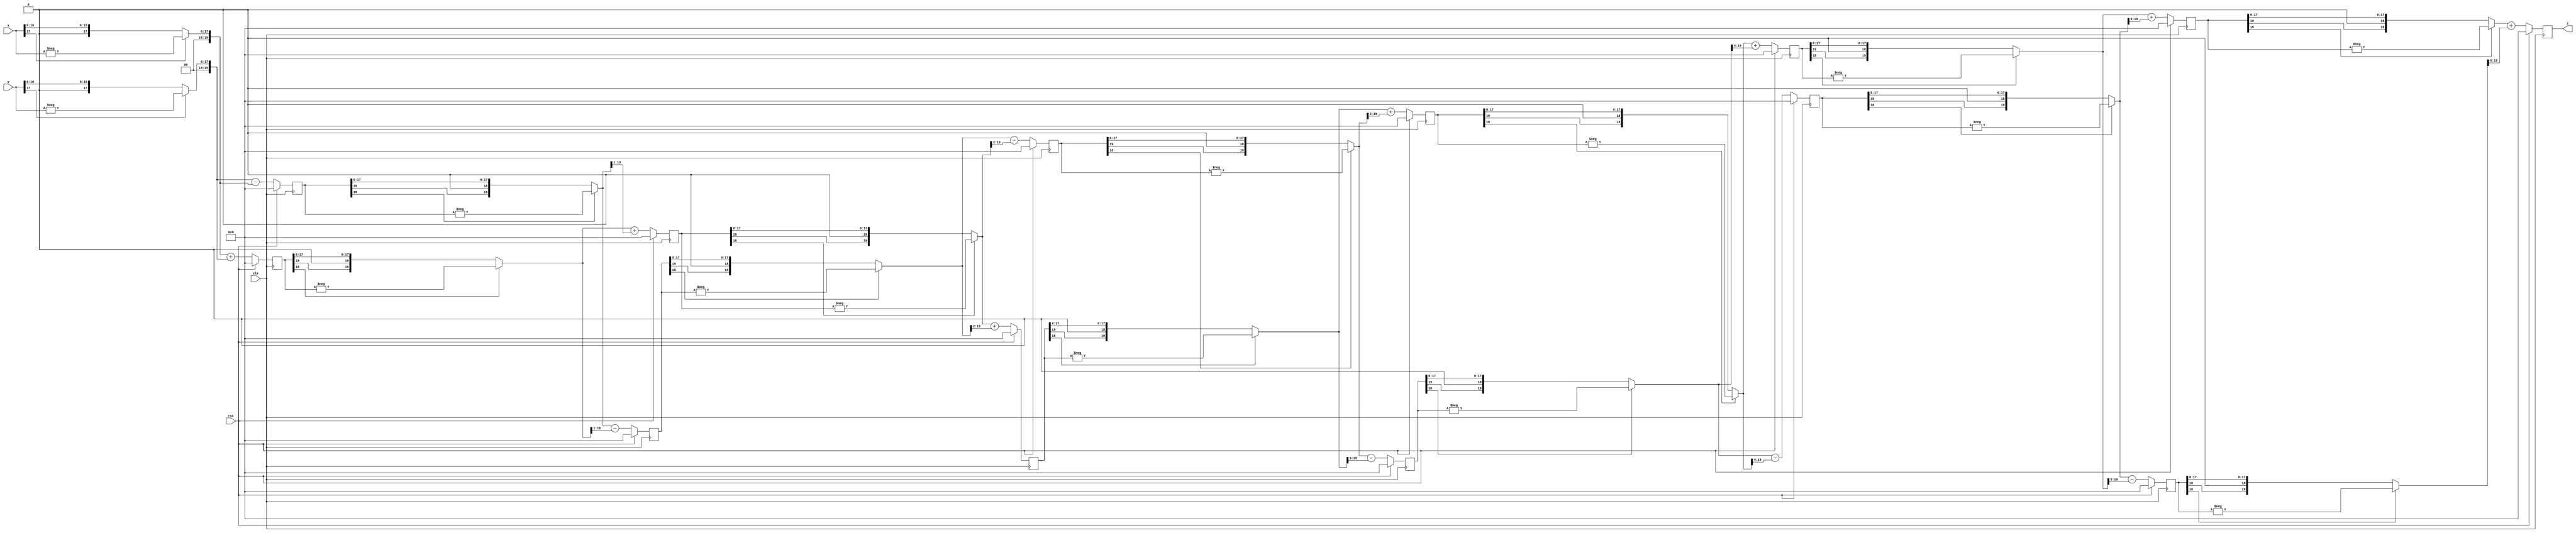
`timescale 1ns / 1ps
//////////////////////////////////////////////////////////////////////////////////
// Company: 
// Engineer: 
// 
// Design Name: 
// Module Name:    abs 
// Project Name: 
// Target Devices: 
// Tool versions: 
// Description: 
//
// Dependencies: 
//
// Revision: 
// Revision 0.01 - File Created
// Additional Comments: 
//
//////////////////////////////////////////////////////////////////////////////////
module abs
	#( parameter width = 18,
		parameter stage = 8
	  )
	 (	input 		[width-1:0]x,
		input 		[width-1:0]y,
		output 		[width+1:0]z,	
		input 		clk,
		input 		rst	
    );
	
	reg [width+1:0]x_temp[stage-2:0];
	reg [width+1:0]y_temp[stage-2:0];
	
	integer k;
	initial begin 
		for(k=0;k<stage-1;k=k+1)
			begin
				x_temp[k] <= 0;
				y_temp[k] <= 0;
			end
	end 
	
	wire [width+1:0]x_pos[stage-2:0];	
	wire [width+1:0]y_pos[stage-2:0];	
	wire [width+1:0]z_temp;
	////////////////////////////////////////////////////////////////////////////
	assign x_pos[0] = (x[width-1])? {2'b0,-(x)}:{2'b0,(x)};//{2'b0,-(x<<2)}:{2'b0,(x<<2)};
	assign y_pos[0] = (y[width-1])? {2'b0,-(y)}:{2'b0,(y)};//{2'b0,-(y<<2)}:{2'b0,(y<<2)};
	//////////////////////////////////////////////////////////////////////////////
	genvar j;
   generate
      for (j=1; j< (stage-1); j= j+1) 
      begin: u1
         	assign x_pos[j] = (x_temp[j-1][width])? -x_temp[j-1]:x_temp[j-1];
				assign y_pos[j] = (y_temp[j-1][width])? -y_temp[j-1]:y_temp[j-1];
      end
   endgenerate
	/////////////////////////////////////////////////////////////////////////////
	genvar i;
   generate
      for (i=0; i< (stage-1); i= i+1) 
			begin: u2
				always@(posedge clk)
					if(rst)
						begin
							x_temp[i] 	<= 0;
							y_temp[i]	<= 0;
						end	
					else
						begin
							x_temp[i]	<= x_pos[i]+(y_pos[i]>>i);
							y_temp[i]	<= y_pos[i]-(x_pos[i]>>i);
						end
		end	
	endgenerate		

	//assign z_temp = x_temp[stage-2]>>2;		
	assign z = x_temp[stage-2];	//z_temp + x_temp[stage-2][0]; 

endmodule